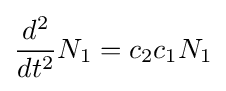
{\frac {d^{2}}{dt^{2}}}N_{1}=c_{2}c_{1}N_{1}